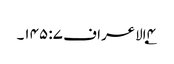
۴؂الاعراف ۷: ۱۴۵۔